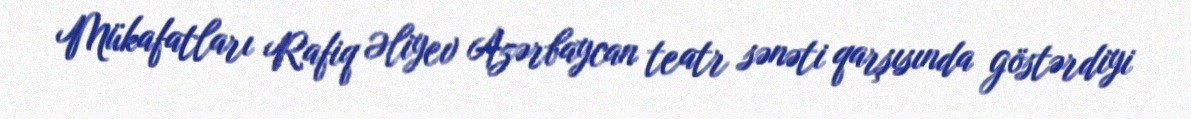
Mükafatları Rafiq Əliyev Azərbaycan teatr sənəti qarşısında göstərdiyi